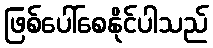
ဖြစ်ပေါ်စေနိုင်ပါသည်